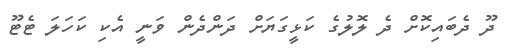
ދޫ ދެބައިކޮށް ދެ ލޮލުގެ ކަޅީގަޔަށް ދަންދެން ވަނީ އެކި ކަހަލަ ޓެޓޫ